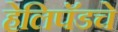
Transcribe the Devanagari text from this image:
हेलिपॅडचे